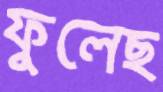
ফুলেছ